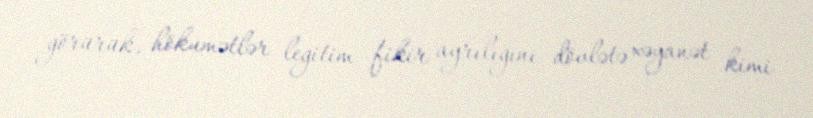
görürük, hökumətlər legitim fikir ayrılığını dövlətə xəyanət kimi